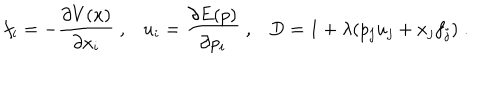
LaTeX: f _ { i } = - \frac { \partial V ( x ) } { \partial x _ { i } } \; , u _ { i } = \frac { \partial E ( p ) } { \partial p _ { i } } \; , D = 1 + \lambda ( p _ { j } u _ { j } + x _ { j } f _ { j } ) \; .